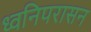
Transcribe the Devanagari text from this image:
ध्वनिपरासन